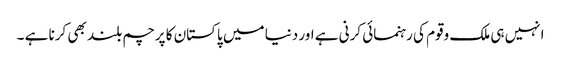
انہیں ہی ملک وقوم کی رہنمائی کرنی ہے اور دنیا میں پاکستان کا پرچم بلند بھی کرنا ہے ۔